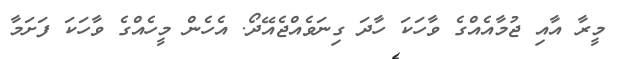
މީރާ އާއި ޖުމާއެއްގެ ވާހަކަ ހާދަ ގިނަވެއްޖެއޭދޯ. އެހެން މީހެއްގެ ވާހަކަ ފަށަމާ